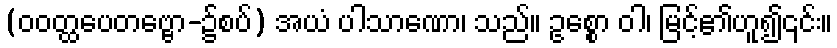
(ဝဝတ္ထပေတဗ္ဗော-၌စပ်) အယံ ပါသာဏော၊ သည်။ ဥစ္စော ဝါ၊ မြင့်၏ဟူ၍၎င်း။